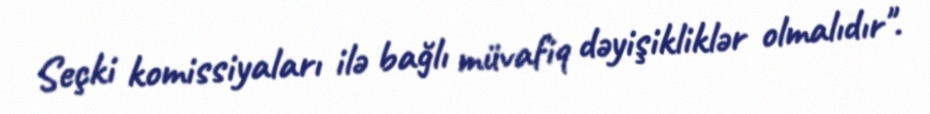
Seçki komissiyaları ilə bağlı müvafiq dəyişikliklər olmalıdır".